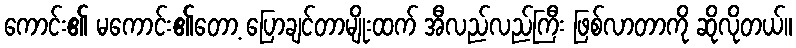
ကောင်း၏ မကောင်း၏တော့ ပြောချင်တာမျိုးထက် အီလည်လည်ကြီး ဖြစ်လာတာကို ဆိုလိုတယ်။